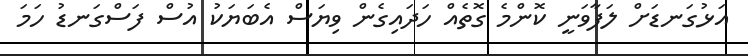
އަޅުގަނޑަށް ލަފާވަނީ ކޮންމެ ގޮތެއް ހަދައިގެން ވިޔަސް އެބަޔަކު އުސް ފަސްގަނޑު ހަމަ